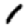
Digit: 1